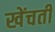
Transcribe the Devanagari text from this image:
खेंचती